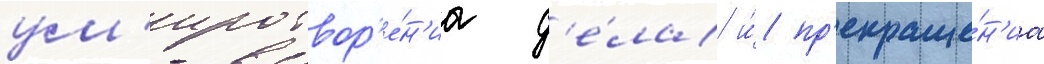
ум'иротвор'е́н'иа д'е́ла и́ пр'екраще́н'иа